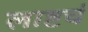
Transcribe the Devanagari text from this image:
लाष्टचं